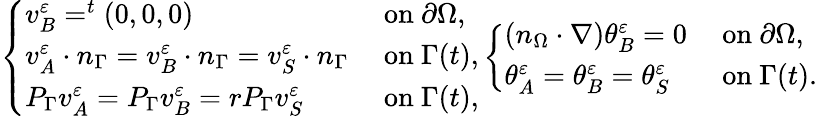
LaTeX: \left\{ \begin{array}{ll}{v_{B}^{\varepsilon}=^{t}(0,0,0)}&{\mathrm{~on~}\partial\Omega,}\\ {v_{A}^{\varepsilon}\cdot n_{\Gamma}=v_{B}^{\varepsilon}\cdot n_{\Gamma}=v_{S}^{\varepsilon}\cdot n_{\Gamma}}&{\mathrm{~on~}\Gamma(t),}\\ {P_{\Gamma}v_{A}^{\varepsilon}=P_{\Gamma}v_{B}^{\varepsilon}=rP_{\Gamma}v_{S}^{\varepsilon}}&{\mathrm{~on~}\Gamma(t),}\end{array}\right.\left\{ \begin{array}{ll}{(n_{\Omega}\cdot\nabla)\theta_{B}^{\varepsilon}=0}&{\mathrm{~on~}\partial\Omega,}\\ {\theta_{A}^{\varepsilon}=\theta_{B}^{\varepsilon}=\theta_{S}^{\varepsilon}}&{\mathrm{~on~}\Gamma(t).}\end{array}\right.